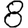
Digit: 8